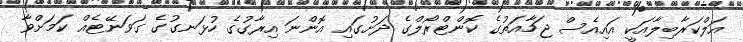
އަލްކަރާބިލާއަކީ އައިއެސް ޖަމާއަތުގެ ކޮންޓްރޯލްގެ ދަށުގައި އޮންނަ އިރާގުގެ ހުޅަނގުގެ ގަވަނޭޓެއް ކަމަށްވާ